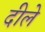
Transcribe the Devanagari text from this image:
दीले